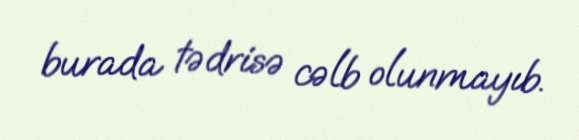
burada tədrisə cəlb olunmayıb.